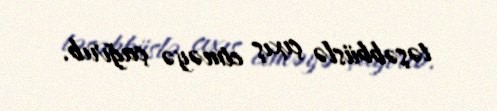
təşəbbüslə çıxış etməyə çağırıb.